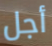
أجل